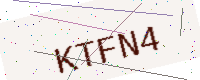
Text: KTFN4